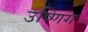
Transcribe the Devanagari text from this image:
उष्णिग